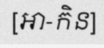
[អា-កិន]